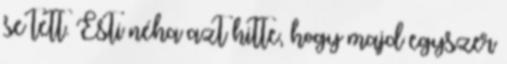
se tett. Esti néha azt hitte, hogy majd egyszer